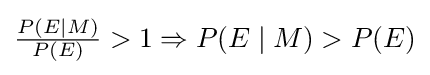
{\textstyle {\frac {P(E\mid M)}{P(E)}}>1\Rightarrow P(E\mid M)>P(E)}